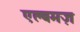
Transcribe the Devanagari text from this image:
एल्बमज़